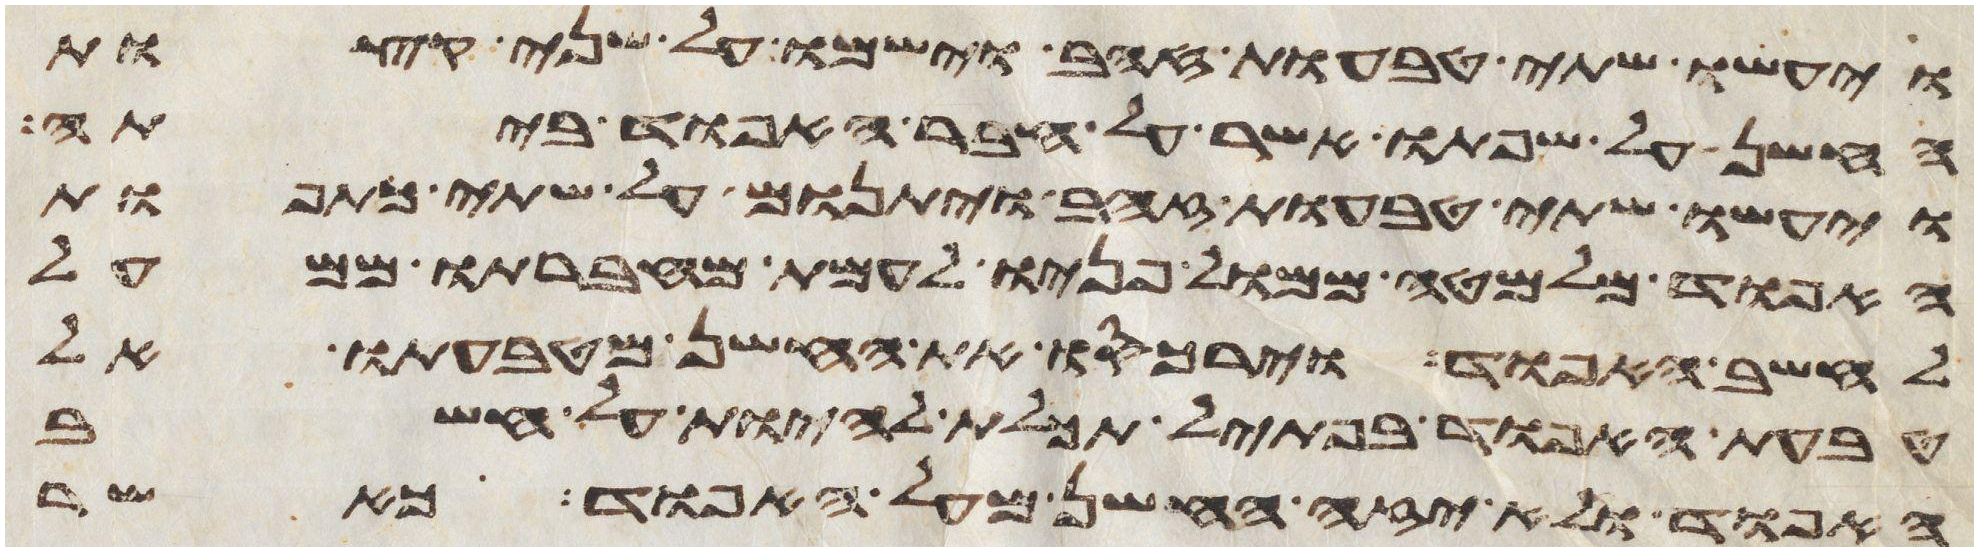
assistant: ויעשו שתי טבעות זהב וישמו על שני קצות
החשן על שפתו אשר על חבר האפוד ביתה
ויעשו שתי טבעות זהב ויתנום על שתי כתפות
האפוד מלמטה ממול פניו לעמת מחברתו ממעל
לחשב האפוד וירכסו את החשן מטבעתו אל
טבעת האפוד בפתיל תכלת להיות על חשב
האפוד ולא יזה החשן מעל האפוד כאשר